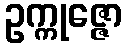
ဥက္ကုဇ္ဇော